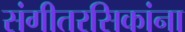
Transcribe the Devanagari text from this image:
संगीतरसिकांना